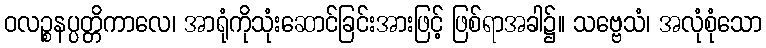
ဝလဉ္စနပ္ပတ္တိကာလေ၊ အာရုံကိုသုံးဆောင်ခြင်းအားဖြင့် ဖြစ်ရာအခါ၌။ သဗ္ဗေသံ၊ အလုံစုံသော